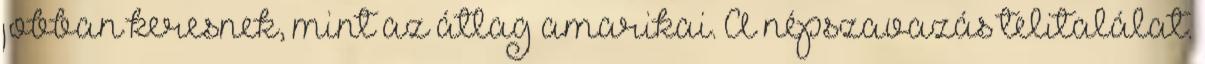
jobban keresnek, mint az átlag amarikai. A népszavazás telitalálat.